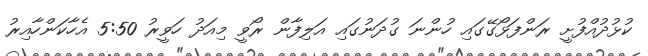
ކުޅުދުއްފުށީ ރަންފަޅޯގޭގައި ހުންނަ ގުދަނުގައި އަލިފާން ރޯވީ މިއަދު ހަވީރު 5:50 އެހާކަންހާއިރު